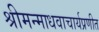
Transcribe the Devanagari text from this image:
श्रीमन्माधवाचार्यप्रणीत